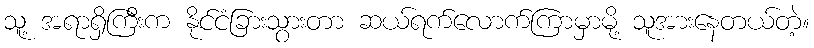
သူ့ အရာရှိကြီးက နိုင်ငံခြားသွားတာ ဆယ်ရက်လောက်ကြာမှာမို့ သူအားနေတယ်တဲ့။